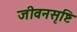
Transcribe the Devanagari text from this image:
जीवनसृष्टि